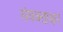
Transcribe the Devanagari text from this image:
संयक्ताक्षर